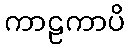
ကာဠကာပိ